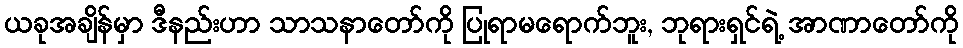
ယခုအချိန်မှာ ဒီနည်းဟာ သာသနာတော်ကို ပြုရာမရောက်ဘူး, ဘုရားရှင်ရဲ့ အာဏာတော်ကို